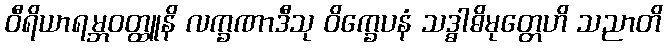
ဝီရိယာရမ္ဘဝတ္ထူနိ လက္ခဏာဒီသု ဝိက္ခေပနံ သဒ္ဓါဓိမုတ္တေဟိ သညာတိ